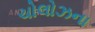
ચોલોઝના